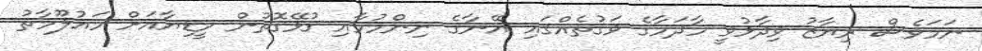
ނަމަވެސް ރިޔާޒު ވިދާޅުވީ މާދަމާގެ ވަގުތެއްގައި އޭނާގެ ނިންމުމާއި ގުޅޭގޮތުން މީޑިޔާއަށް މައުލޫމާތު